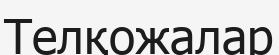
Телқожалар